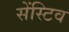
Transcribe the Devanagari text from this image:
सेंस्टिव